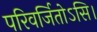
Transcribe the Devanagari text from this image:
परिवर्जितोऽसि।